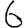
Digit: 6